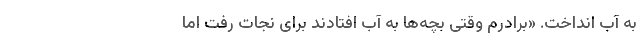
به آب انداخت. «برادرم وقتی بچه‌ها به آب افتادند برای نجات رفت اما